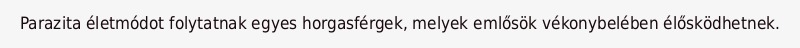
Parazita életmódot folytatnak egyes horgasférgek, melyek emlősök vékonybelében élősködhetnek.